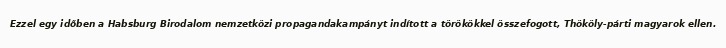
Ezzel egy időben a Habsburg Birodalom nemzetközi propagandakampányt indított a törökökkel összefogott, Thököly-párti magyarok ellen.